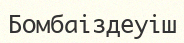
Бомбаіздеуіш